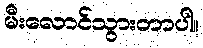
မီးလောင်သွားတာပါ။